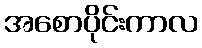
အစောပိုင်းကာလ